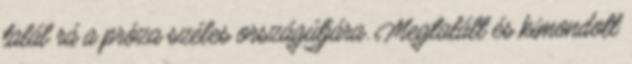
talál rá a próza széles országútjára. Megtalált és kimondott